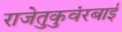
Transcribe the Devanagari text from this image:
राजेतुकुवंरबाई